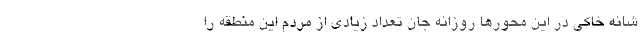
شانه خاکى در این محورها روزانه جان تعداد زیادی از مردم این منطقه را